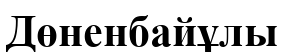
Дөненбайұлы